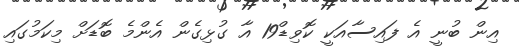
އިން ބުނީ އެ ފައިސާއަކީ ކޮވިޑް19 އާ ގުޅިގެން އެންމެ ބޮޑަށް މިކަމުގައި